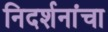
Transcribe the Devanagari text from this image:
निदर्शनांचा